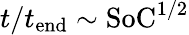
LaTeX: t/t_{\mathrm{end}}\sim\mathrm{SoC^{1/2}}